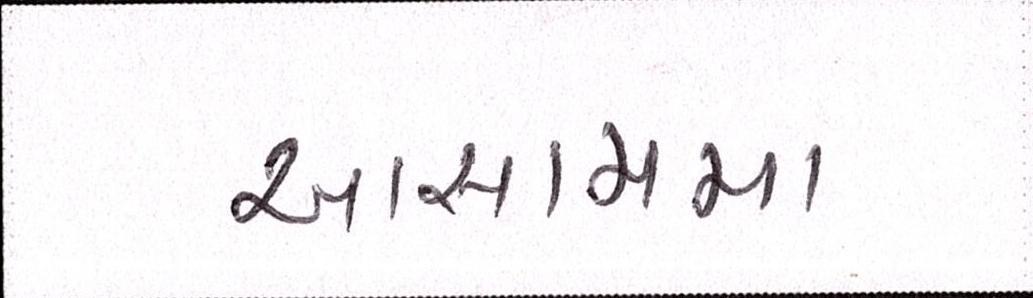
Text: આસામમા